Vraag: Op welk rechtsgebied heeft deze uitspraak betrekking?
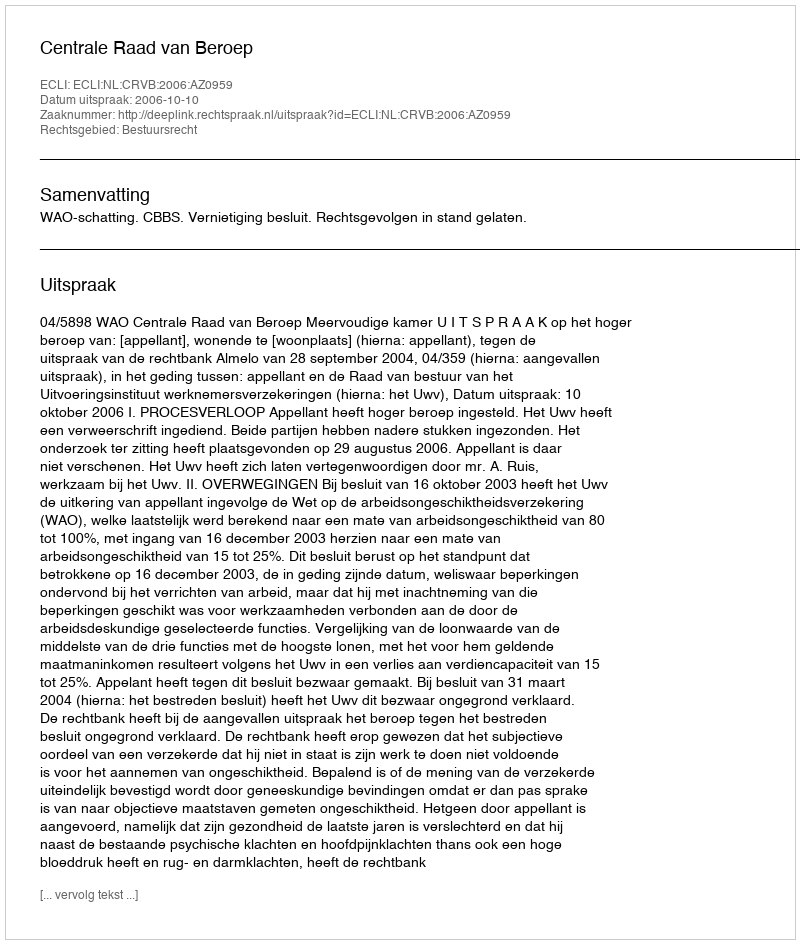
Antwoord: Bestuursrecht